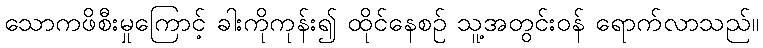
သောကဖိစီးမှုကြောင့် ခါးကိုကုန်း၍ ထိုင်နေစဉ် သူ့အတွင်းဝန် ရောက်လာသည်။